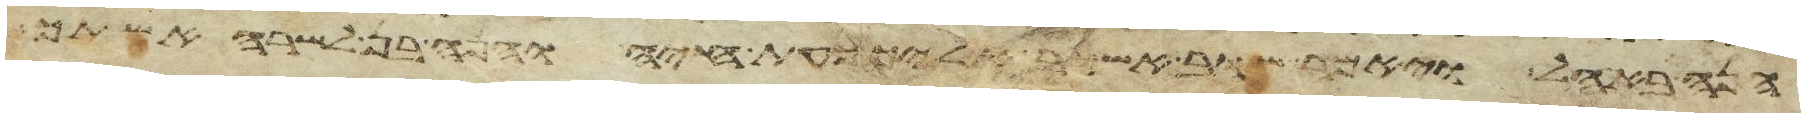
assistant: הנה באהל ויאמר שוב אשוב אליך כעת חיה והנה בן לשרה אשתך